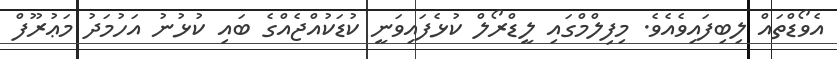
އެވޯޑްތައް ލިބިފައިވެއެވެ. މިފިލްމްގައި ލީޑްރޯލް ކުޅެފައިވަނީ ކުޑަކުއްޖެއްގެ ބައި ކުޅުނު އަހުމަދު މަޢުރޫފް